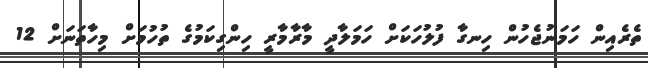
ތެރެއިން ހަމަނުޖެހުން ހިނގާ ފުލުހަކަށް ހަމަލާދީ މާރާމާރީ ހިންގިކަމުގެ ތުހުމަށް މިހާތަނަށް 12